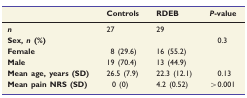
|  | Controls | RDEB | P-value |
 | --- | --- | --- | --- |
 | n | 27 | 29 |  |
 | Sex, n (%) |  |  | 0.3 |
 | Female | 8 (29.6) | 16 (55.2) |  |
 | Male | 19 (70.4) | 13 (44.9) |  |
 | Mean age, years (SD) | 26.5 (7.9) | 22.3 (12.1) | 0.13 |
 | Mean pain NRS (SD) | 0 (0) | 4.2 (0.52) | >0.001 |